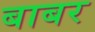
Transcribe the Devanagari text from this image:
बाबर